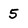
Character: 5